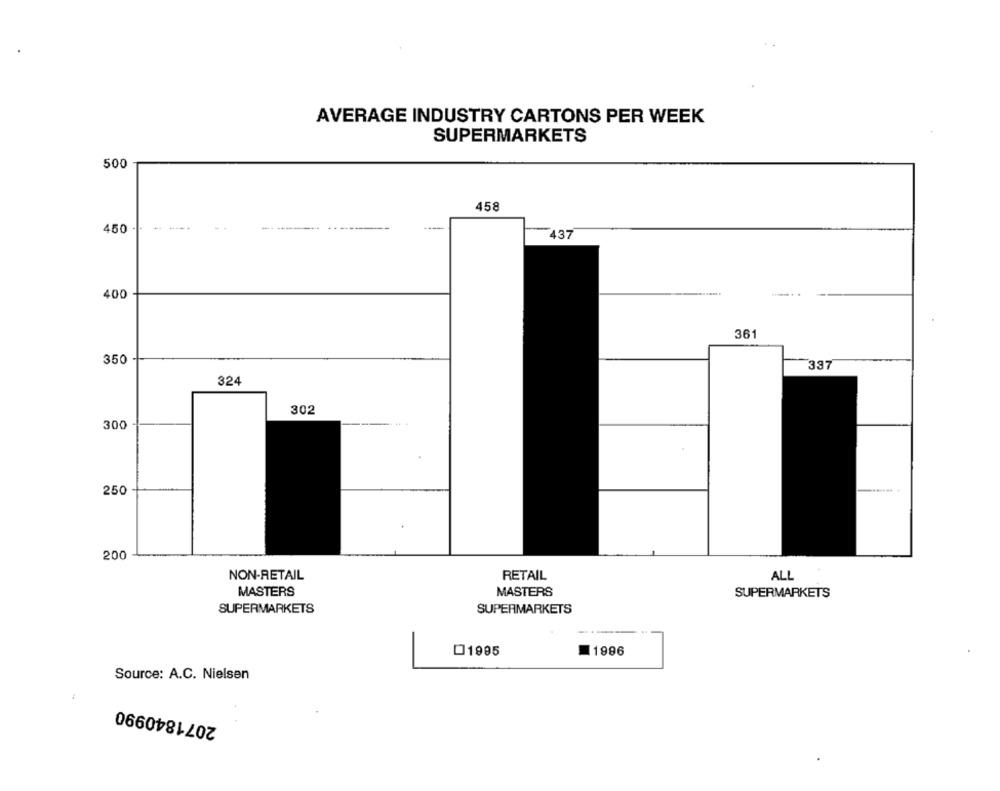
AVERAGE INDUSTRY CARTONS PER WEEK
SUPERMARKETS
500
458
450
----
437
400
...
361
350
337
324
302
300
250
200
NON-RETAIL
RETAIL
ALL
MASTERS
MASTERS
SUPERMARKETS
SUPERMARKETS
SUPERMARKETS
01995
1996
Source: A.C. Nielsen
2071840990